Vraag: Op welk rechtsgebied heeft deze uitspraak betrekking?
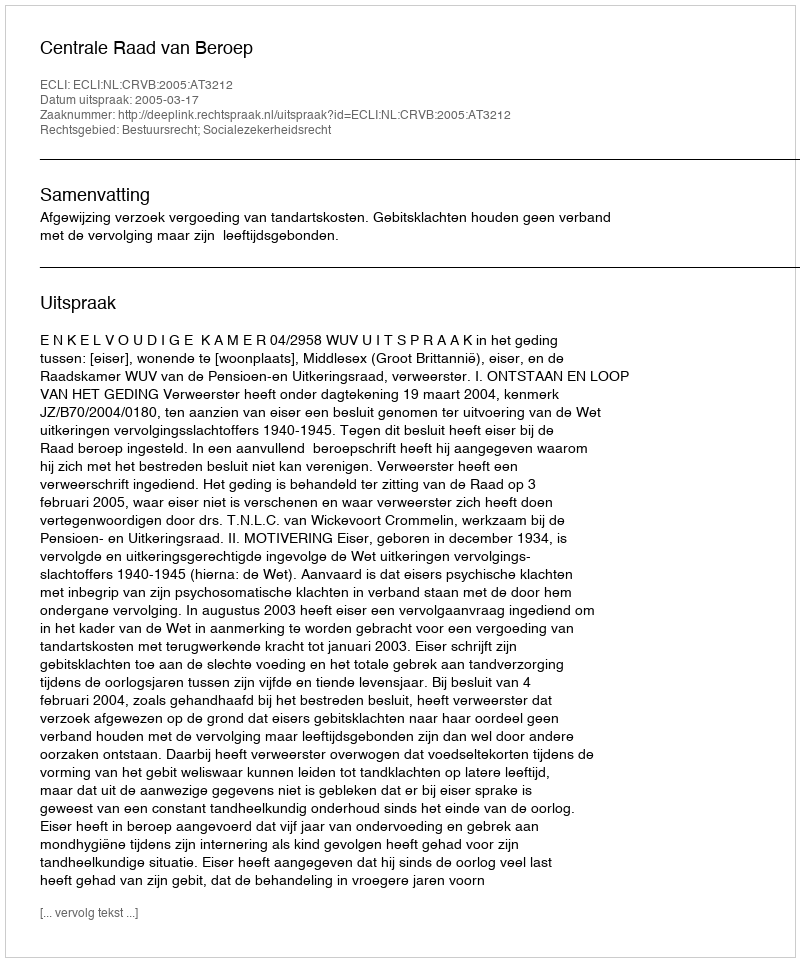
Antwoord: Bestuursrecht; Socialezekerheidsrecht